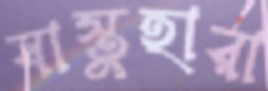
বাস্তুহারা